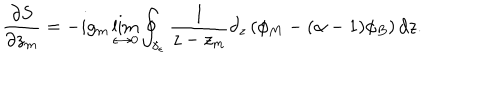
\frac { \partial S } { \partial z _ { m } } = - i g _ { m } \lim _ { \epsilon \rightarrow 0 } \oint _ { \gamma _ { \epsilon } } \frac { 1 } { z - z _ { m } } \partial _ { z } \left( \phi _ { M } - ( \alpha - 1 ) \phi _ { B } \right) d z .